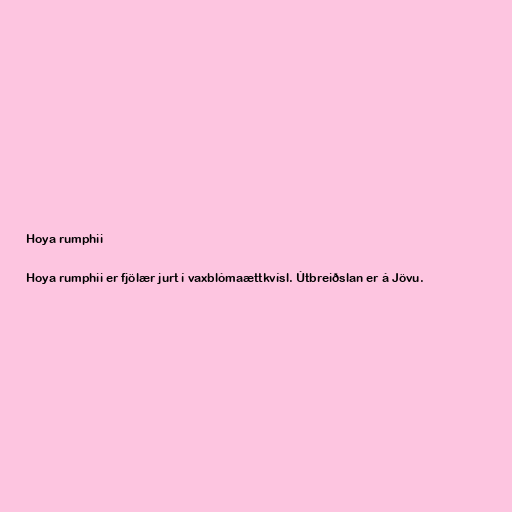
Hoya rumphii

Hoya rumphii er fjölær jurt í vaxblómaættkvísl. Útbreiðslan er á Jövu.